Cholera in southern India
Disease focus: Cholera
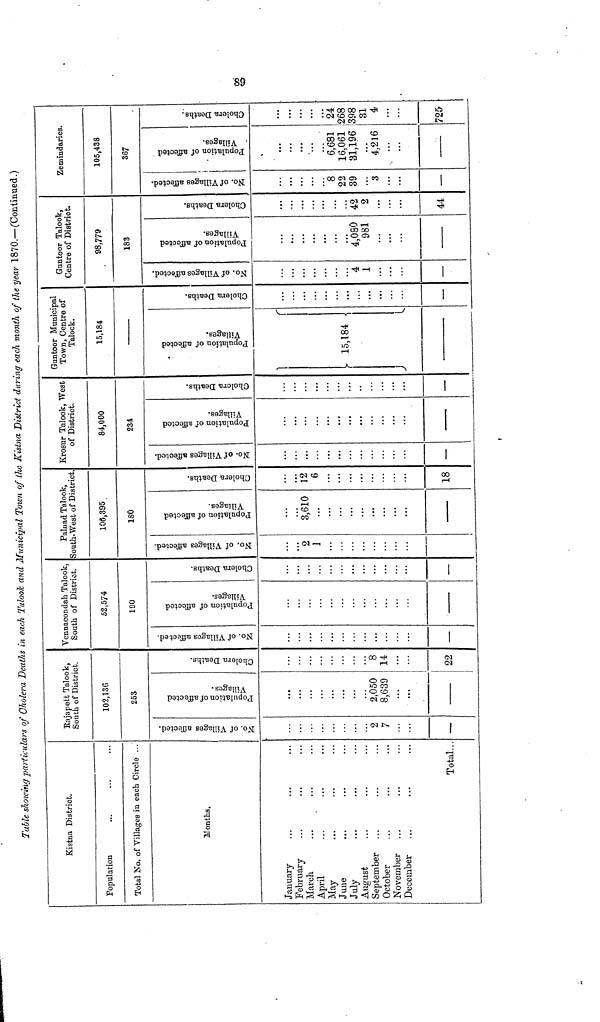
Table showing particulars of Cholera Deaths in each Talook and Munincipal Town of the Kistna District during each month of the year 1870.— (Continued.)
Kistna District.
Population
Total No. of Villages in each Circle ...
Months.
January … … …
February … … …
March … … …
April … … …
May … … …
June … … …
July
…
…
…
August … … …
September… … …
October … … …
November … … …
December… … …
Total...
Rajapett Talook,
South of District.
102,136
253
NO of village affected
…
…
…
…
…
…
…
2
7
…
…
—
Population of affected village
…
…
…
…
…
…
…
2,050
8,639
…
…
cholera deaths
…
…
…
…
…
…
…
8
14
…
…
22
Vennacondah Talook,
South of District.
52,574
190
Population
…
…
…
…
…
…
…
…
…
…
…
—
CHOLERA DEATH
…
…
…
…
…
…
…
…
…
…
…
…
No of village affected
…
…
…
…
…
…
…
…
…
…
…
…
—
Paluad Talook,
South-West of District.
106,395
180
population of affected village
...
2 …
1
…
…
…
…
…
…
…
…
Cholera death
…
3,610
…
…
…
…
…
…
…
…
…
GO
Population
…
12
6
…
…
…
…
…
…
…
…
18
Krosur Talook, West
of District.
84,000
234
Cholera Death
…
…
...
...
...
...
...
...
...
...
...
...
—
No of village Affeted
…
…
...
…
…
…
…
…
…
…
…
Population of affected village
…
…
…
...
…
…
…
…
…
…
…
…
—
Guntoor Municipal
Town, Centre of
Talock.
15,184
Cholera deaths
…
…
…
…
…
15,184 -
…
…
…
…
…
…
No of village affected
…
…
…
…
…
…
…
…
…
…
…
…
Guntoor Talook,
Centre of District.
98,779
183
No of village affected
…
…
…
…
…
…
4 1
…
…
…
…
—
Population of affected village
…
…
…
…
…
…
4,080
981 …
…
…
…
Cholera deaths
…
…
…
…
…
…
42
2 …
…
…
…
44
Zemindaries.
105,438
367
No of village affected
…
…
…
…
8
22
39 …
3
…
…
—
Population of affected village
…
…
…
…
6,681
16,061
31,196 …
4,216
…
…
Cholera deaths
…
…
…
…
24
268
398
31 …
4
…
…
725-